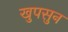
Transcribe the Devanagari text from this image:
खुपसुन